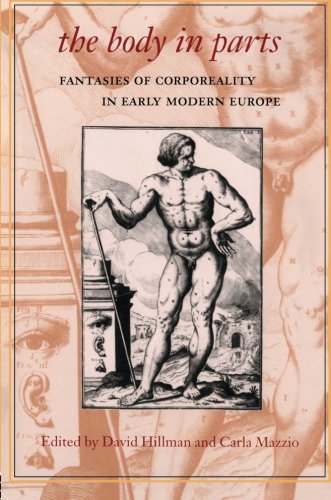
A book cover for The Body in Parts: Fantasies of Corporeality in Early Modern Europe (Winner, Beatrice White Book Prize, English Association 1999); Carla Mazzio; Science Fiction & Fantasy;